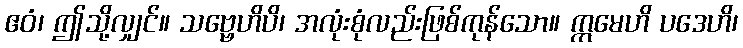
ဧဝံ၊ ဤသို့လျှင်။ သဗ္ဗေဟိပိ၊ အလုံးစုံလည်းဖြစ်ကုန်သော။ ဣမေဟိ ပဒေဟိ၊